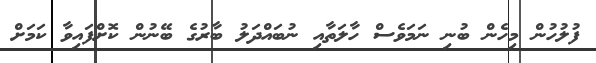
ފުލުހުން މިހެން ބުނި ނަމަވެސް ހާލަތާއި ނުބައްދަލު ބާރުގެ ބޭނުން ކޮށްފައިވާ ކަމަށް